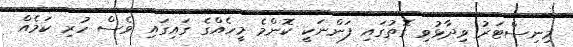
މިނިސްޓަރު ވިދާޅުވި ގޮތުގައި ފަންނަކީ ކޮންމެ މީހެއްގެ ގައިގައި ވެސް ހުރި ކަމެއް